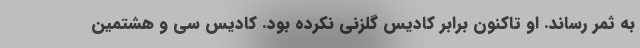
به ثمر رساند. او تاکنون برابر کادیس گلزنی نکرده بود. کادیس سی و هشتمین